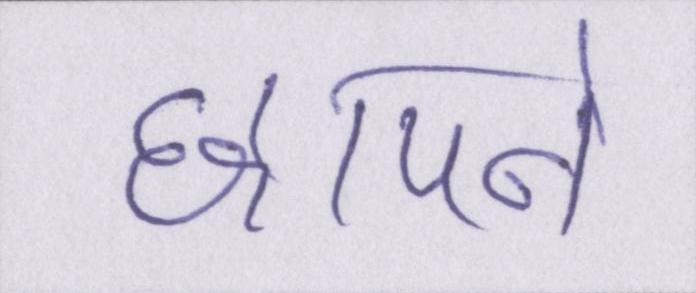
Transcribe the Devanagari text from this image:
छापने